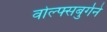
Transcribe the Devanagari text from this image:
वोल्फ्सबुर्गने